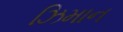
ઝિમાન